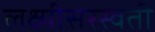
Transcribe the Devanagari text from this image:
लक्ष्मीसरस्वती